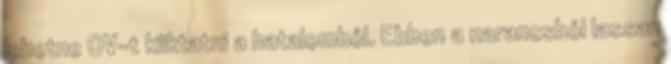
lehetne OV-t kiiktatni a hatalomból. Ebben a narancsból lassan